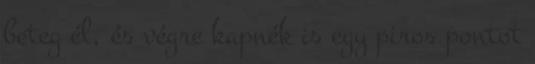
beteg él, és végre kapnék is egy piros pontot